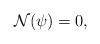
LaTeX: \begin{align*}\mathcal{N}(\psi)=0,\end{align*}